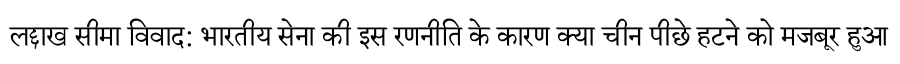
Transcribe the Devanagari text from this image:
लद्दाख सीमा विवाद: भारतीय सेना की इस रणनीति के कारण क्या चीन पीछे हटने को मजबूर हुआ